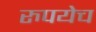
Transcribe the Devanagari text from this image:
रुपयेच